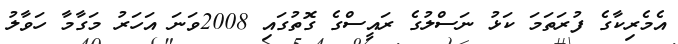
އެމެރިކާގެ ފުރަތަމަ ކަޅު ނަސްލުގެ ރައީސްގެ ގޮތުގައި 2008ވަނަ އަހަރު މަގާމާ ހަވާލު